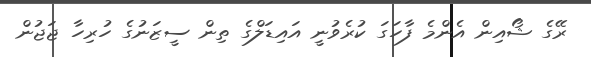
ރޭގެ ޝޯއިން އެންމެ ފާހަގަ ކުރެވުނީ އައިޑަލްގެ ތިން ސީޒަނުގެ ހުރިހާ ޖަޖުން